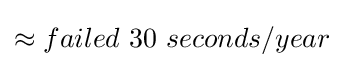
\approx failed\ 30\ seconds/year